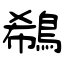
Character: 鵗